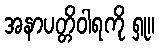
အနာပတ္တိဝါရကို ရှု။